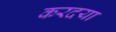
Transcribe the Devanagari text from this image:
करदया